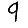
Digit: 9